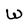
Character: W